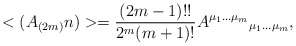
\begin{align*}<(A_{(2m)}n)> = \frac{(2m-1)!!}{2^m(m+1)!}A^{\mu_1\ldots\mu_m}{}_{\mu_1\ldots\mu_m},\end{align*}